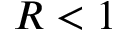
R < 1